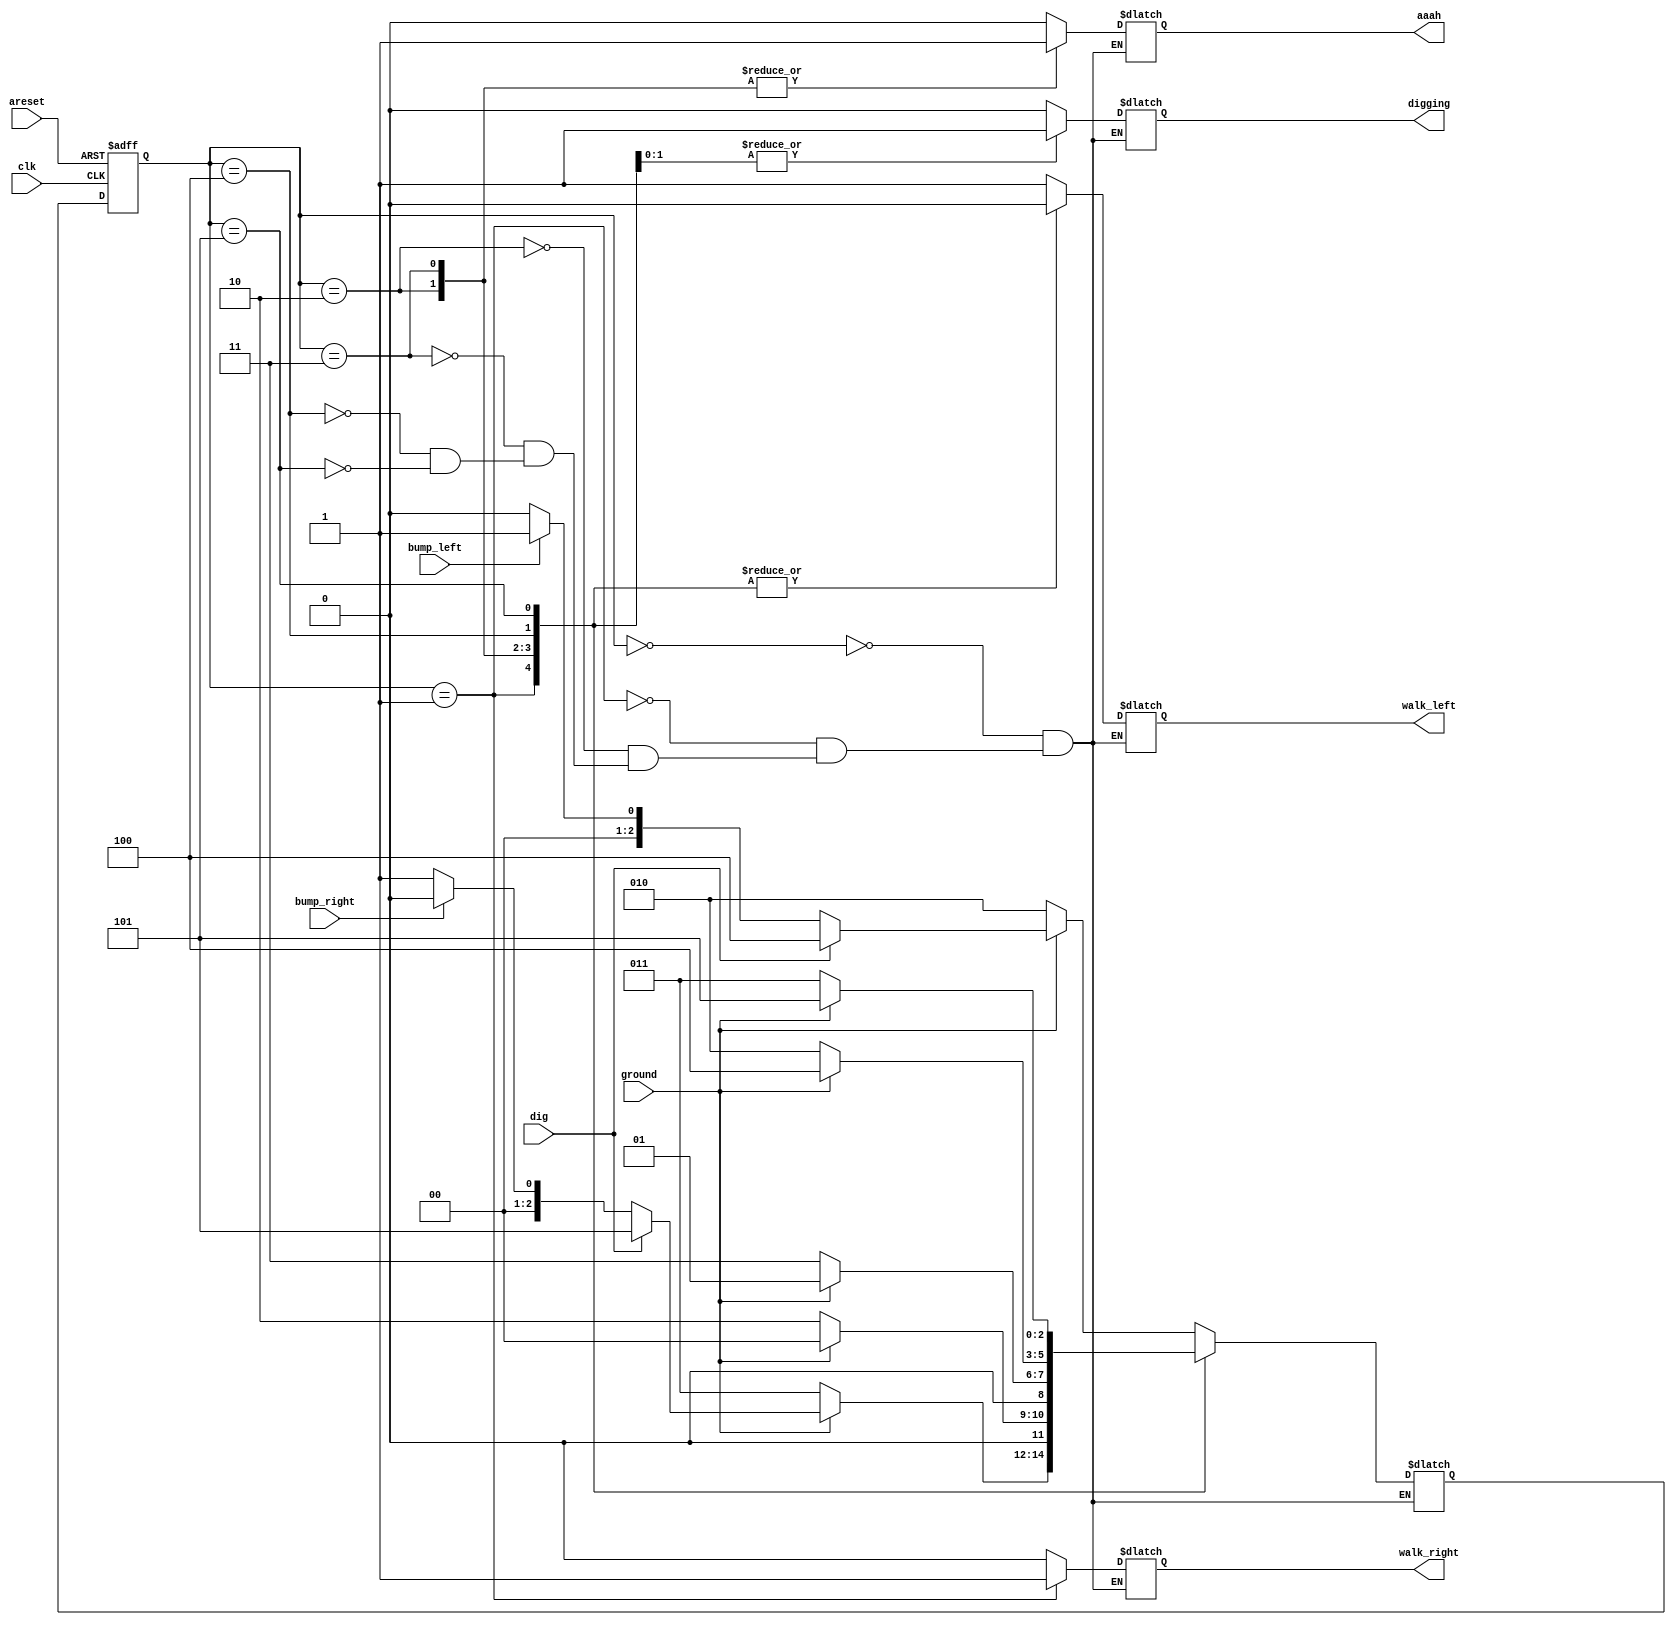
module top_module(
    input clk,
    input areset,    // Freshly brainwashed Lemmings walk left.
    input bump_left,
    input bump_right,
    input ground,
    input dig,
    output walk_left,
    output walk_right,
    output aaah,
    output digging );
    
    localparam LEFT = 3'd0, RIGHT = 3'd1, FALL_L = 3'd2, FALL_R = 3'd3, DIG_L = 3'd4, DIG_R = 3'd5;
    
    reg [2:0] state, next_state;
    
    always @(*) begin
        case(state)
            LEFT: begin
                if(!ground) next_state = FALL_L;
                else if(dig) next_state = DIG_L;
                else if(bump_left) next_state = RIGHT;
                else next_state = LEFT;
            end
            RIGHT: begin
                if(!ground) next_state = FALL_R;
                else if(dig) next_state = DIG_R;
                else if(bump_right) next_state = LEFT;
                else next_state = RIGHT;
            end
            FALL_L: begin
                if(ground) next_state = LEFT;
                else next_state = FALL_L;
            end
            FALL_R: begin
                if(ground) next_state = RIGHT;
                else next_state = FALL_R;
            end
            DIG_L: begin
                if(!ground) next_state = FALL_L;
                else next_state = DIG_L;
            end
            DIG_R: begin
                if(!ground) next_state = FALL_R;
                else next_state = DIG_R;
            end
        endcase
    end
    
    always @(posedge clk or posedge areset) begin
        if(areset) state <= LEFT;
        else if(clk) state <= next_state;
    end
    
    always @(*) begin
        case(state)
            LEFT: begin
                walk_left = 1'b1;
                walk_right = 1'b0;
                aaah = 1'b0;
                digging = 1'b0;
            end
            RIGHT: begin
                walk_left = 1'b0;
                walk_right = 1'b1;
                aaah = 1'b0;
                digging = 1'b0;
            end
            FALL_L: begin
                walk_left = 1'b0;
                walk_right = 1'b0;
                aaah = 1'b1;
                digging = 1'b0;
            end
            FALL_R: begin
                walk_left = 1'b0;
                walk_right = 1'b0;
                aaah = 1'b1;
                digging = 1'b0;
            end
            DIG_L: begin
                walk_left = 1'b0;
                walk_right = 1'b0;
                aaah = 1'b0;
                digging = 1'b1;
            end
            DIG_R: begin
                walk_left = 1'b0;
                walk_right = 1'b0;
                aaah = 1'b0;
                digging = 1'b1;
            end
        endcase
    end

endmodule